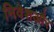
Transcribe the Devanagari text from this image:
निवेशऔर